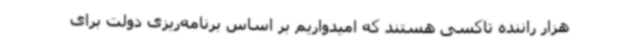
هزار راننده تاکسی هستند که امیدواریم بر اساس برنامه‌ریزی دولت برای